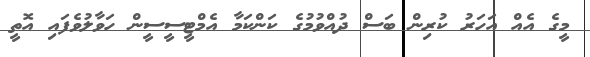
މީގެ އެއް އަހަރު ކުރިން ބަސް ދުއްވުމުގެ ކަންކަމާ އެމްޓީސީސީން ހަވާލުވެފައި އޮތީ